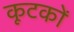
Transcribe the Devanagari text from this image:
कूटकों